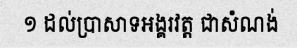
១ ដល់ប្រាសាទអង្គរវត្ត ជាសំណង់